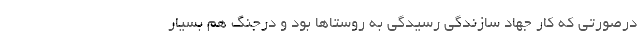
درصورتی که کار جهاد سازندگی رسیدگی به روستاها بود و درجنگ هم بسیار